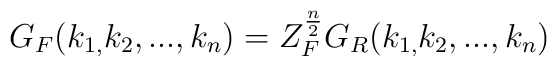
G_F(k_{1,}k_2,...,k_n)=Z_F^{\frac n2}G_R(k_{1,}k_2,...,k_n)